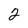
Character: 2